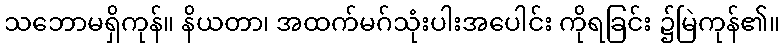
သဘောမရှိကုန်။ နိယတာ၊ အထက်မဂ်သုံးပါးအပေါင်း ကိုရခြင်း ၌မြဲကုန်၏။